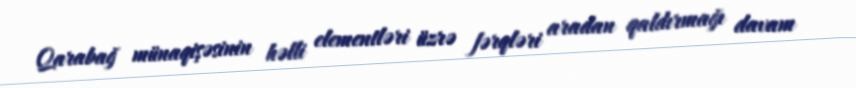
Qarabağ münaqişəsinin həlli elementləri üzrə fərqləri aradan qaldırmağı davam